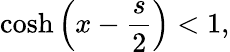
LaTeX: \cosh\left(x-\frac{s}{2}\right)<1,